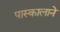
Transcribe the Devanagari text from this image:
पास्कालाने